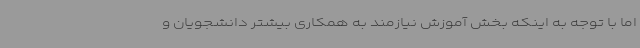
اما با توجه به اینکه بخش آموزش نیازمند به همکاری بیشتر دانشجویان و